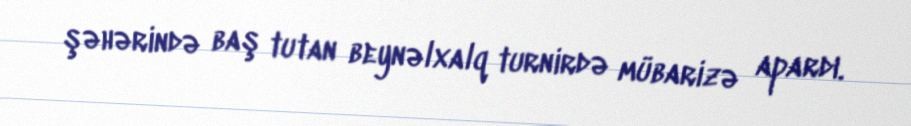
şəhərində baş tutan beynəlxalq turnirdə mübarizə apardı.